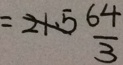
= 2 1 . 5 \frac { 6 4 } { 3 }